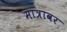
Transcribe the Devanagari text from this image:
मात्रावर